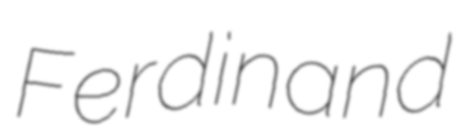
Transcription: Ferdinand